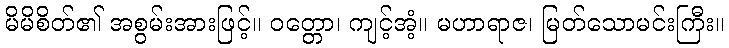
မိမိစိတ်၏ အစွမ်းအားဖြင့်။ ဝတ္တော၊ ကျင့်အံ့။ မဟာရာဇ၊ မြတ်သောမင်းကြီး။